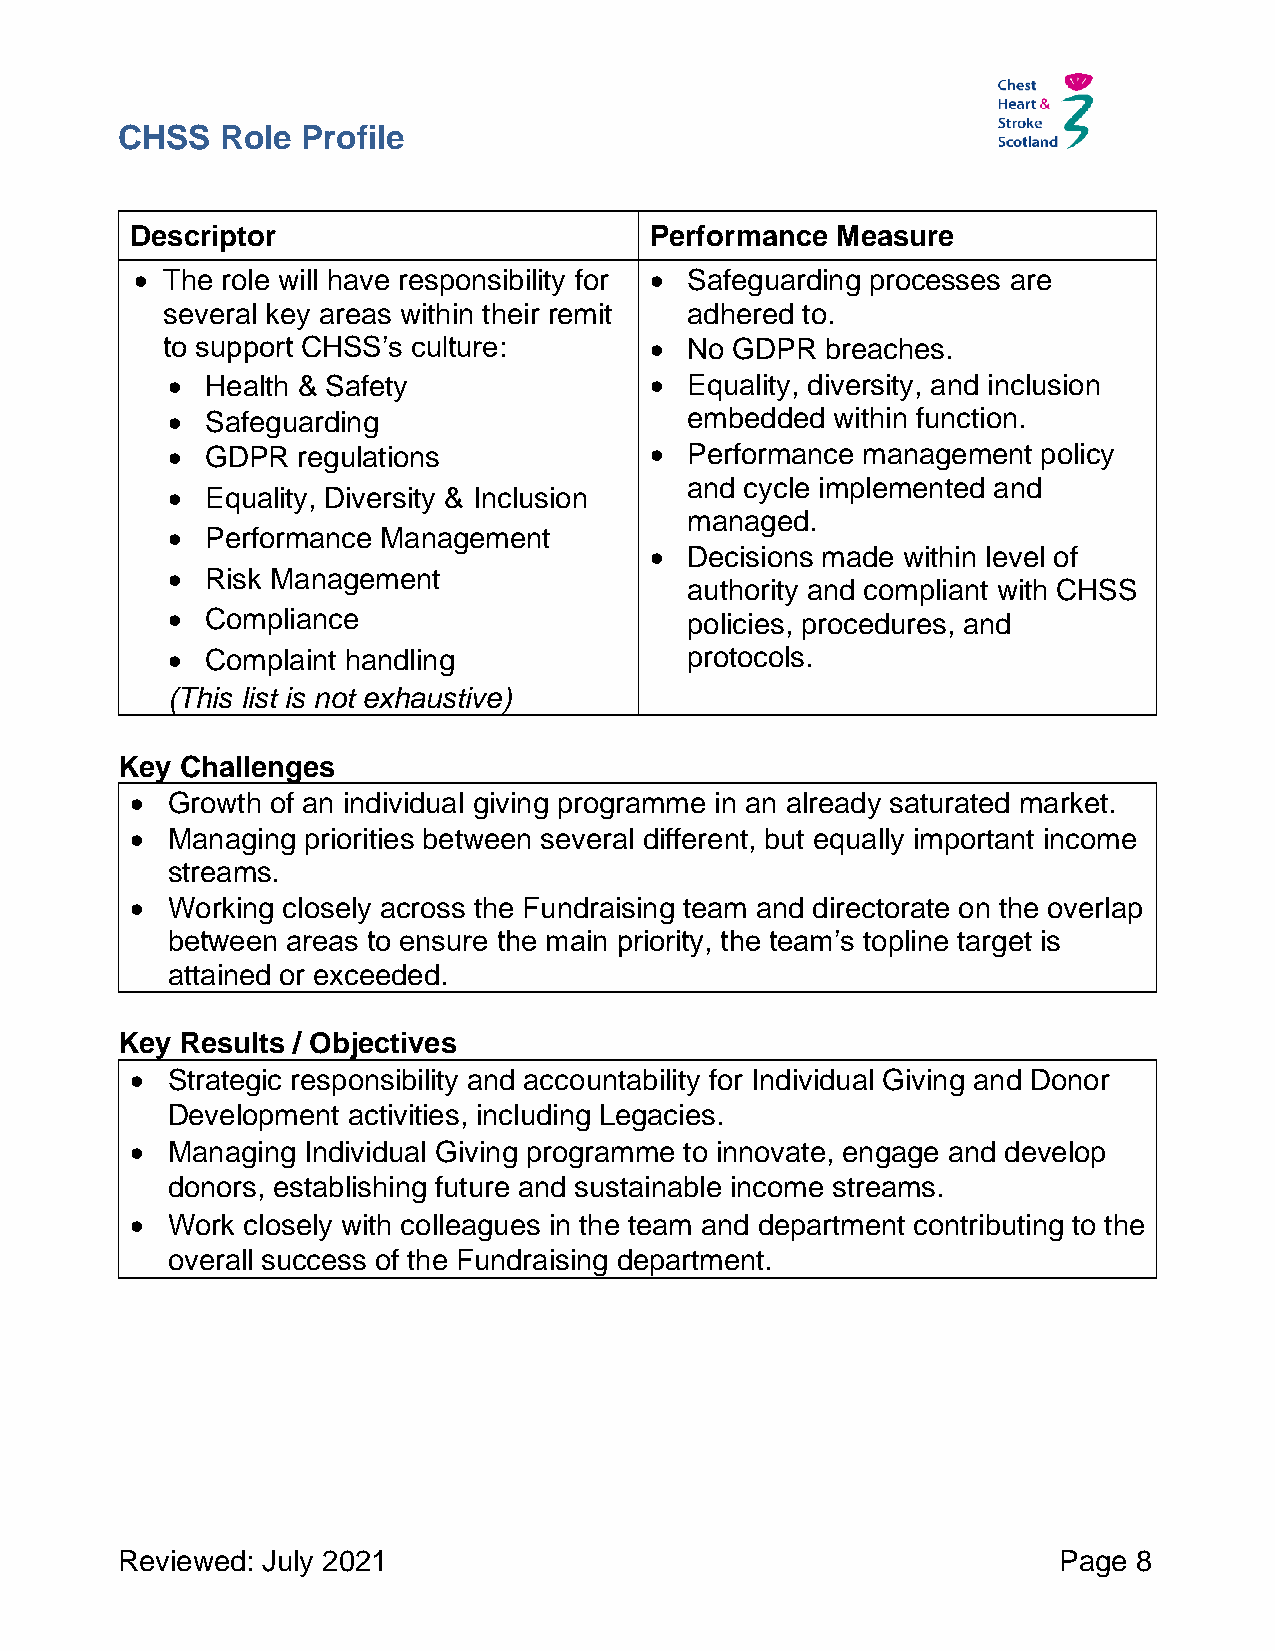
CHSS   Role Profile
 Descriptor                        Performance Measure
 • The role will have responsibility for • Safeguarding processes are
 several key areas within their remit adhered to.
 to support CHSS’s culture:      • No  GDPR  breaches.
 •  Health & Safety              • Equality, diversity, and inclusion
 •  Safeguarding                   embedded  within function.
 •  GDPR  regulations            • Performance management  policy
 and cycle implemented and
 •  Equality, Diversity & Inclusion
 managed.
 •  Performance Management
 • Decisions made within level of
 •  Risk Management
 authority and compliant with CHSS
 •  Compliance                     policies, procedures, and
 •  Complaint handling             protocols.
 (This list is not exhaustive)
 Key Challenges
 • Growth of an individual giving programme in an already saturated market.
 • Managing priorities between several different, but equally important income
 streams.
 • Working closely across the Fundraising team and directorate on the overlap
 between areas to ensure the main priority, the team’s topline target is
 attained or exceeded.
 Key Results / Objectives
 • Strategic responsibility and accountability for Individual Giving and Donor
 Development activities, including Legacies.
 • Managing Individual Giving programme to innovate, engage and develop
 donors, establishing future and sustainable income streams.
 • Work closely with colleagues in the team and department contributing to the
 overall success of the Fundraising department.
 Reviewed: July 2021                                           Page 8